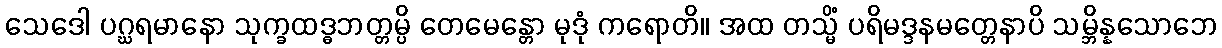
သေဒေါ ပဂ္ဃရမာနော သုက္ခထဒ္ဓဘတ္တမ္ပိ တေမေန္တော မုဒုံ ကရောတိ။ အထ တသ္မိံ ပရိမဒ္ဒနမတ္တေနာပိ သမ္ဘိန္နသောဘေ